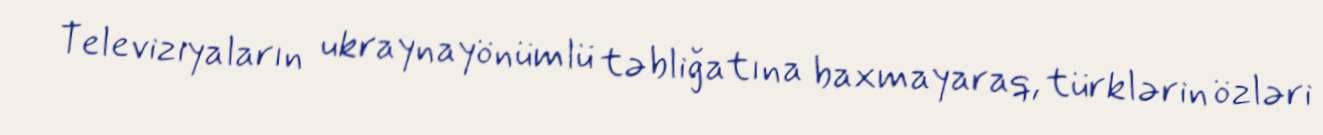
Televiziyaların ukraynayönümlü təbliğatına baxmayaraq, türklərin özləri